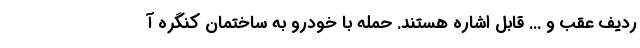
ردیف عقب و ... قابل اشاره هستند. حمله با خودرو به ساختمان کنگره آ